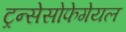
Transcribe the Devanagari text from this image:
ट्रन्सेसोफेगेयल